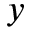
y